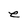
Character: e